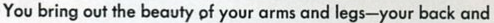
You bring out the beauty of your arms and legs-your back and